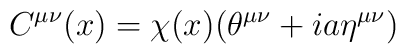
C^{{\mu}{\nu}}(x)={\chi}(x)({\theta}^{{\mu}{\nu}} + i a {\eta}^{{\mu}{\nu}})